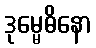
ဒုမ္မေဓိနော